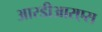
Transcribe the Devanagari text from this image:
आरडीआरएस